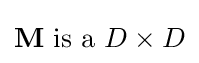
\mathbf {M} {\text{ is a }}D\times D